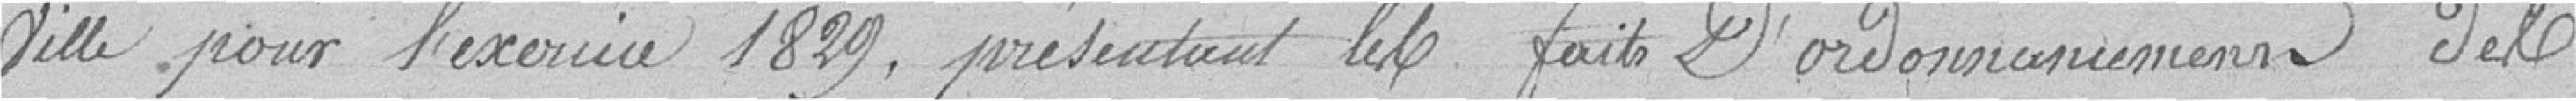
ville pour l'exercice 1829, présentant les faits D'ordonnancement des